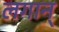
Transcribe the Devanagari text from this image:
लगान्‌